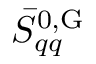
\bar { S } _ { q q } ^ { \mathrm { 0 , G } }